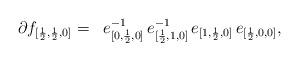
LaTeX: \begin{align*}\begin{aligned}\partial f_{[{\scriptscriptstyle\frac12},{\scriptscriptstyle\frac12},0]} & = & e^{-1}_{[0,{\scriptscriptstyle\frac12},0]}\, e^{-1}_{[{\scriptscriptstyle\frac12},1,0]}\, e_{[1,{\scriptscriptstyle\frac12},0]} \, e_{[{\scriptscriptstyle\frac12},0,0]},\end{aligned}\end{align*}